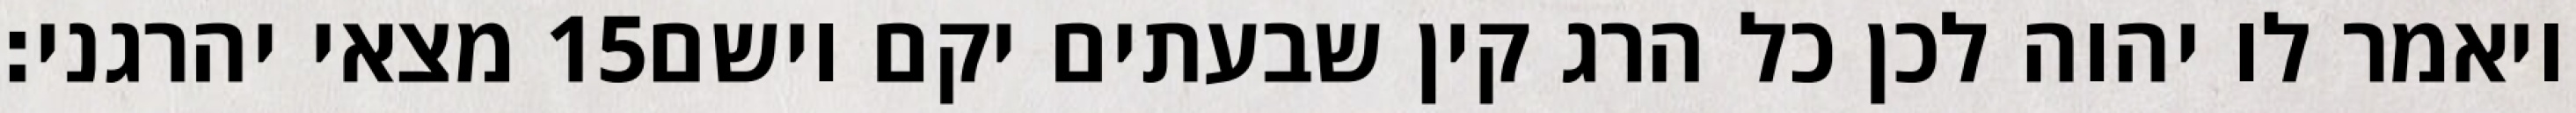
מצאי יהרגני׃ ‎15‏ ויאמר לו יהוה לכן כל הרג קין שבעתים יקם וישם